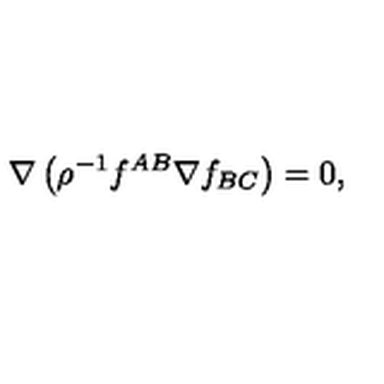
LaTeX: \nabla \left( \rho ^ { - 1 } f ^ { A B } \nabla f _ { B C } \right) = 0 ,